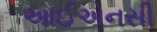
આઈએનસી